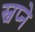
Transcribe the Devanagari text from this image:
स्वप्‍ने